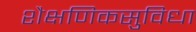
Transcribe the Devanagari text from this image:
शैक्षणिकसुविधा